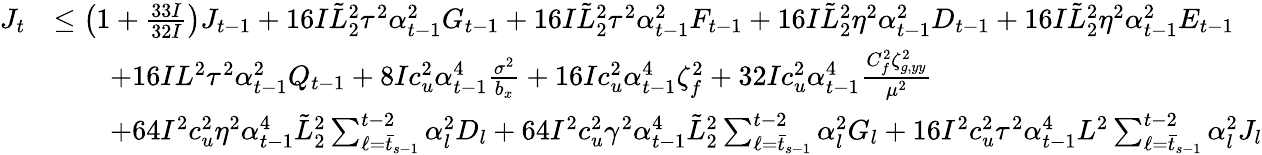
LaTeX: \begin{array}{rl}{J_{t}}&{\leq\left(1+\frac{33I}{32I}\right)J_{t-1}+16I\tilde{L}_{2}^{2}\tau^{2}\alpha_{t-1}^{2}G_{t-1}+16I\tilde{L}_{2}^{2}\tau^{2}\alpha_{t-1}^{2}F_{t-1}+16I\tilde{L}_{2}^{2}\eta^{2}\alpha_{t-1}^{2}D_{t-1}+16I\tilde{L}_{2}^{2}\eta^{2}\alpha_{t-1}^{2}E_{t-1}}\\ &{\qquad+16IL^{2}\tau^{2}\alpha_{t-1}^{2}Q_{t-1}+8Ic_{u}^{2}\alpha_{t-1}^{4}\frac{\sigma^{2}}{b_{x}}+16Ic_{u}^{2}\alpha_{t-1}^{4}\zeta_{f}^{2}+32Ic_{u}^{2}\alpha_{t-1}^{4}\frac{C_{f}^{2}\zeta_{g,yy}^{2}}{\mu^{2}}}\\ &{\qquad+64I^{2}c_{u}^{2}\eta^{2}\alpha_{t-1}^{4}\tilde{L}_{2}^{2}\sum_{\ell=\bar{t}_{s-1}}^{t-2}\alpha_{l}^{2}D_{l}+64I^{2}c_{u}^{2}\gamma^{2}\alpha_{t-1}^{4}\tilde{L}_{2}^{2}\sum_{\ell=\bar{t}_{s-1}}^{t-2}\alpha_{l}^{2}G_{l}+16I^{2}c_{u}^{2}\tau^{2}\alpha_{t-1}^{4}L^{2}\sum_{\ell=\bar{t}_{s-1}}^{t-2}\alpha_{l}^{2}J_{l}}\end{array}